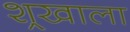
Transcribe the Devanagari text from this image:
श्र्‌खाला